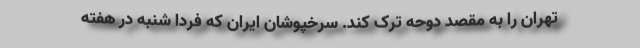
تهران را به مقصد دوحه ترک کند. سرخپوشان ایران که فردا شنبه در هفته